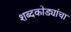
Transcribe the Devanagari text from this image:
शब्दकोड्यांचा